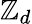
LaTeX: \mathbb{Z}_{d}